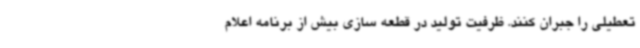
تعطیلی را جبران کنند. ظرفیت تولید در قطعه سازی بیش از برنامه اعلام